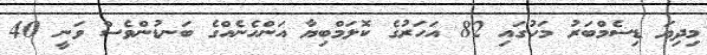
މިދިޔަ ޑިސެމްބަރު މަހުގައި 82 އަހަރުގެ ކޮލަމްބިޔާ އަންހެނެއްގެ ބަނޑުންވެސް ވަނީ 40